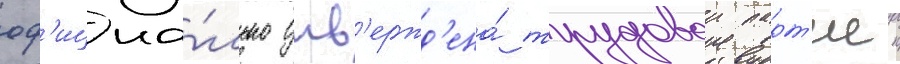
оф'ициа́льно утв'ержд'ена́ трудовои парт'иеи